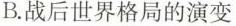
B.战后世界格局的演变